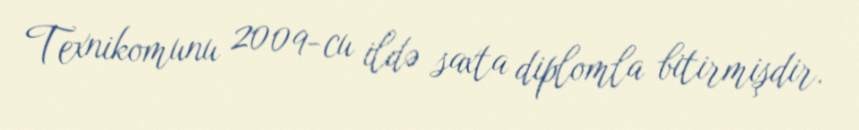
Texnikomunu 2009-cu ildə saxta diplomla bitirmişdir.